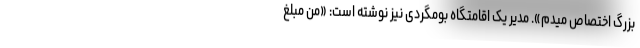
بزرگ اختصاص میدم». مدیر یک اقامتگاه بومگردی نیز نوشته است: «من مبلغ